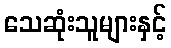
သေဆုံးသူများနှင့်